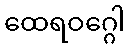
ထေရဝဂ္ဂေါ